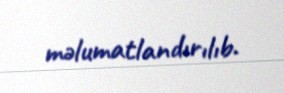
məlumatlandırılıb.